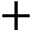
+